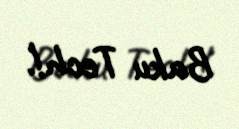
Baku Tech!.